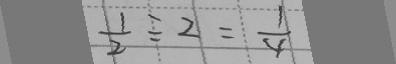
\frac { 1 } { 2 } \div 2 = \frac { 1 } { 4 }